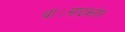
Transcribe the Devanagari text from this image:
था।साइक्लोन